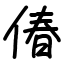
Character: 偆